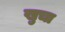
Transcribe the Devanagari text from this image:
खुचा